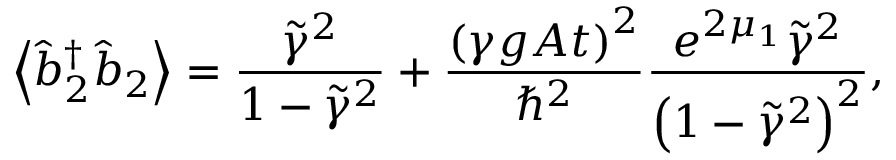
\left\langle \hat { b } _ { 2 } ^ { \dagger } \hat { b } _ { 2 } \right\rangle = \frac { \tilde { \gamma } ^ { 2 } } { 1 - \tilde { \gamma } ^ { 2 } } + \frac { \left( \gamma g A t \right) ^ { 2 } } { \hslash ^ { 2 } } \frac { e ^ { 2 \mu _ { 1 } } \tilde { \gamma } ^ { 2 } } { \left( 1 - \tilde { \gamma } ^ { 2 } \right) ^ { 2 } } ,